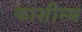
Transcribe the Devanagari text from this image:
काशीस्थ